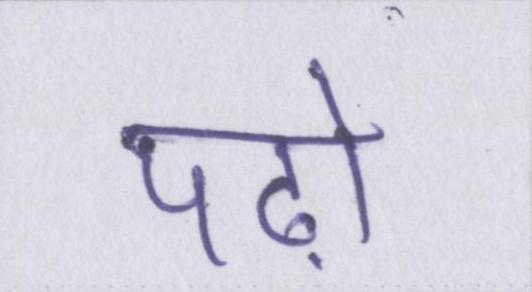
पढ़ो